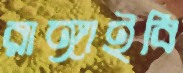
রাঙ্গাইবি